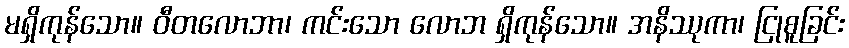
မရှိကုန်သော။ ဝီတလောဘာ၊ ကင်းသော လောဘ ရှိကုန်သော။ အနိဿုကာ၊ ငြုစူခြင်း